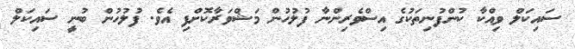
ސައިކަލް ވިއްކާ ކުންފުނިތަކުގެ އިސްވެރިންނާ ފުލުހުން މަޝްވަރާކޮށްފި އެވެ. ފުލުހުން ބުނީ ސައިކަލް